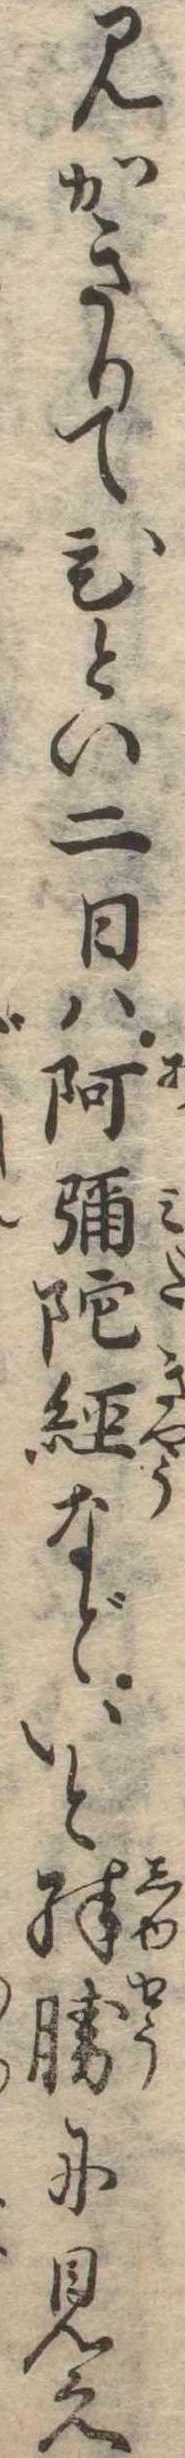
見かきりてひとい二日は阿弥陀経などいと殊勝に見え